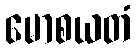
မောစယတံ